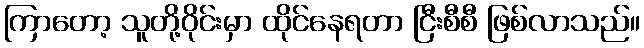
ကြာတော့ သူတို့ဝိုင်းမှာ ထိုင်နေရတာ ငြီးစီစီ ဖြစ်လာသည်။